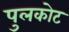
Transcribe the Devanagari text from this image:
पुलकोट